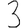
Digit: 3